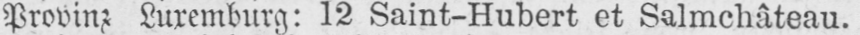
Provinz Luxemburg: 12 Saint-Hubert et Salmchâteau.